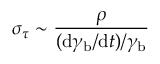
\sigma _ { \tau } \sim \frac { \rho } { ( \mathrm { d } \gamma _ { \mathrm { b } } / \mathrm { d } t ) / \gamma _ { \mathrm { b } } }